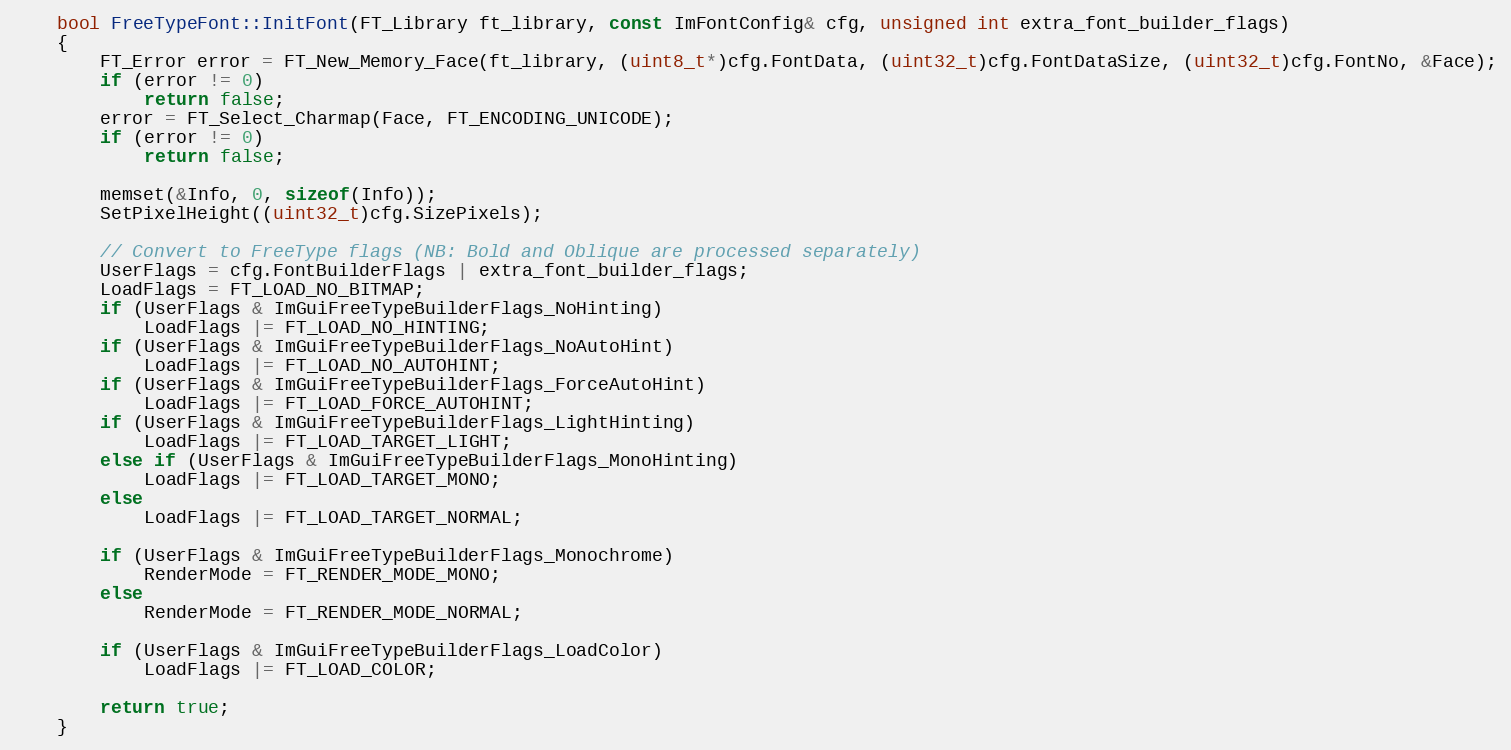
Language: C++
    bool FreeTypeFont::InitFont(FT_Library ft_library, const ImFontConfig& cfg, unsigned int extra_font_builder_flags)
    {
        FT_Error error = FT_New_Memory_Face(ft_library, (uint8_t*)cfg.FontData, (uint32_t)cfg.FontDataSize, (uint32_t)cfg.FontNo, &Face);
        if (error != 0)
            return false;
        error = FT_Select_Charmap(Face, FT_ENCODING_UNICODE);
        if (error != 0)
            return false;

        memset(&Info, 0, sizeof(Info));
        SetPixelHeight((uint32_t)cfg.SizePixels);

        // Convert to FreeType flags (NB: Bold and Oblique are processed separately)
        UserFlags = cfg.FontBuilderFlags | extra_font_builder_flags;
        LoadFlags = FT_LOAD_NO_BITMAP;
        if (UserFlags & ImGuiFreeTypeBuilderFlags_NoHinting)
            LoadFlags |= FT_LOAD_NO_HINTING;
        if (UserFlags & ImGuiFreeTypeBuilderFlags_NoAutoHint)
            LoadFlags |= FT_LOAD_NO_AUTOHINT;
        if (UserFlags & ImGuiFreeTypeBuilderFlags_ForceAutoHint)
            LoadFlags |= FT_LOAD_FORCE_AUTOHINT;
        if (UserFlags & ImGuiFreeTypeBuilderFlags_LightHinting)
            LoadFlags |= FT_LOAD_TARGET_LIGHT;
        else if (UserFlags & ImGuiFreeTypeBuilderFlags_MonoHinting)
            LoadFlags |= FT_LOAD_TARGET_MONO;
        else
            LoadFlags |= FT_LOAD_TARGET_NORMAL;

        if (UserFlags & ImGuiFreeTypeBuilderFlags_Monochrome)
            RenderMode = FT_RENDER_MODE_MONO;
        else
            RenderMode = FT_RENDER_MODE_NORMAL;

        if (UserFlags & ImGuiFreeTypeBuilderFlags_LoadColor)
            LoadFlags |= FT_LOAD_COLOR;

        return true;
    }